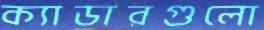
ক্যাডারগুলো